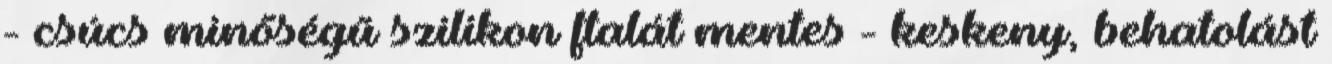
- csúcs minőségű szilikon ftalát mentes - keskeny, behatolást